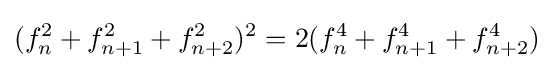
(f_{n}^{2}+f_{n+1}^{2}+f_{n+2}^{2})^{2}=2(f_{n}^{4}+f_{n+1}^{4}+f_{n+2}^{4})